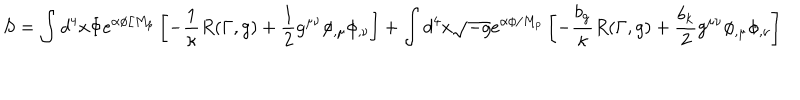
S = \int d ^ { 4 } x \Phi e ^ { \alpha \phi / M _ { p } } \left[ - \frac { 1 } { \kappa } R ( \Gamma , g ) + \frac { 1 } { 2 } g ^ { \mu \nu } \phi _ { , \mu } \phi _ { , \nu } \right] + \int d ^ { 4 } x \sqrt { - g } e ^ { \alpha \phi / M _ { p } } \left[ - \frac { b _ { g } } { \kappa } R ( \Gamma , g ) + \frac { b _ { k } } { 2 } g ^ { \mu \nu } \phi _ { , \mu } \phi _ { , \nu } \right]